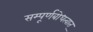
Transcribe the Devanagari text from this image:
सम्पूर्णबोधत्वात्